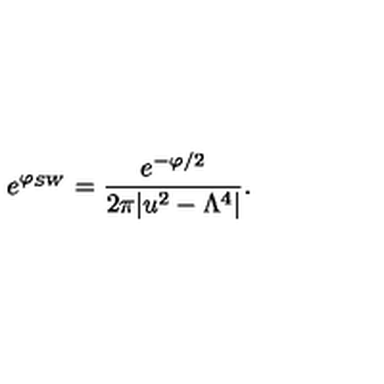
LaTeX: e ^ { \varphi _ { S W } } = { \frac { e ^ { - \varphi / 2 } } { 2 \pi | u ^ { 2 } - \Lambda ^ { 4 } | } } .